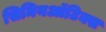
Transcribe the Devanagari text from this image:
सिमियऑटिक्स